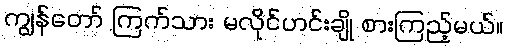
ကျွန်တော် ကြက်သား မလိုင်ဟင်းချို စားကြည့်မယ်။